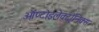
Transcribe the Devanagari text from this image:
ऑप्टोइलेक्ट्रॉनिक्स